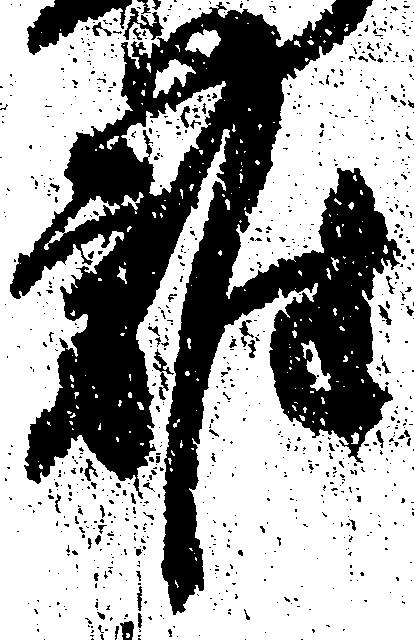
雑